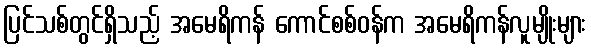
ပြင်သစ်တွင်ရှိသည့် အမေရိကန် ကောင်စစ်ဝန်က အမေရိကန်လူမျိုးများ